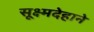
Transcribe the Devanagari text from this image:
सूक्ष्मदेहाने